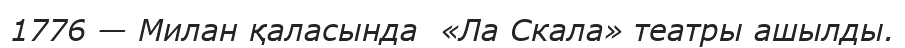
1776 — Милан қаласында  «Ла Скала» театры ашылды.